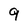
Character: 9